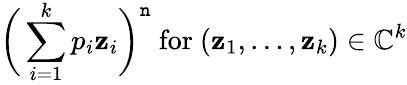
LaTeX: {\biggl(}\sum_{i=1}^{k}p_{i}\mathbf{z}_{i}{\biggr)}^{\mathtt{n}}{\mathrm{{~for~}}}(\mathbf{z}_{1},\ldots,\mathbf{z}_{k})\in\mathbb{{C}}^{k}